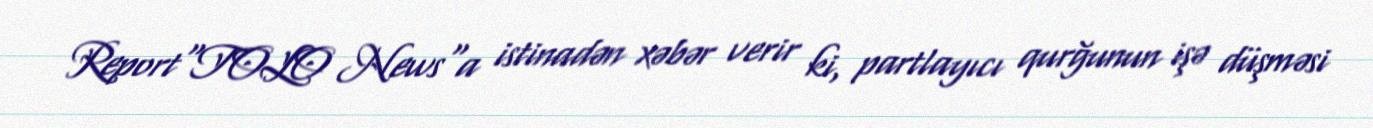
Report"TOLO News"a istinadən xəbər verir ki, partlayıcı qurğunun işə düşməsi